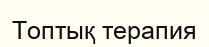
Топтық терапия